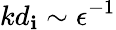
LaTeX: kd_{\mathbf{i}}\sim\epsilon^{-1}